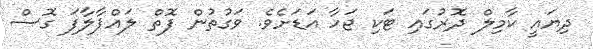
ދިޔައީ ކާމިލް ދޮރުގައި ޓަކި ޖަހާ އަޑަށެވެ. ވަގުތުން ފޮތް ލައްޕާލާފަ ގޮސް